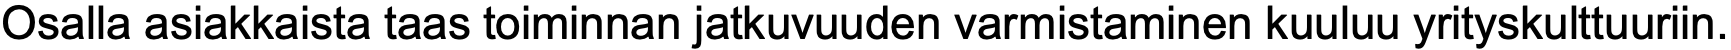
Osalla asiakkaista taas toiminnan jatkuvuuden varmistaminen kuuluu yrityskulttuuriin.